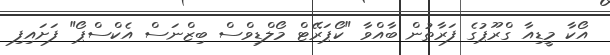
އޯކާ މީޑިއާ ގްރޫޕުގެ ފަރާތުން ބާއްވާ "ކޯޕަރޭޓް މޯލްޑިވްސް ބިޒްނަސް އެކްސްޕޯ" ފަށައިފި